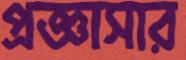
প্রজ্ঞাসার